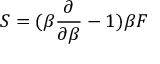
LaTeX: S = ( \beta { \frac { \partial } { \partial \beta } } - 1 ) \beta F